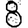
Digit: 8